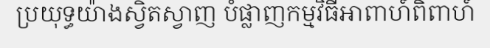
ប្រយុទ្ធយ៉ាងស្វិតស្វាញ បំផ្លាញកម្មវិធីអាពាហ៍ពិពាហ៍